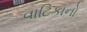
વાટિકાનો